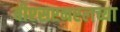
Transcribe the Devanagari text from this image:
बीएसएनएलच्या